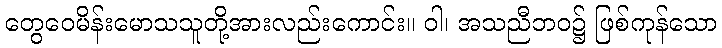
တွေဝေမိန်းမောသသူတို့အားလည်းကောင်း။ ဝါ၊ အသညီဘဝ၌ ဖြစ်ကုန်သော